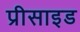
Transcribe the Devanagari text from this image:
प्रीसाइड